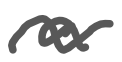
Text: a
Cross-out: wave
Writing tool: digital_gray